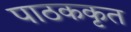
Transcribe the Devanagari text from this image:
पाठककृत